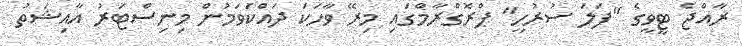
ރާއްޖެ ޓީވީގެ "ފަލަ ސުރުހީ" ޕްރޮގްރާމްގައި މިރޭ ވާހަކަ ދައްކަވަމުން މިނިސްޓަރު އާއިޝަތު